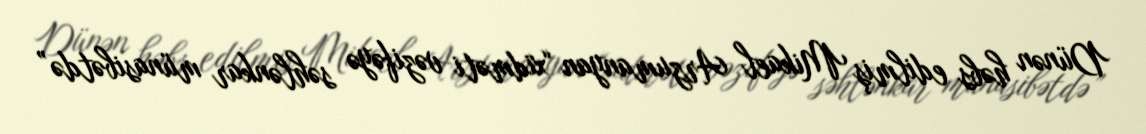
Dünən həbs edilmiş Mikael Arzumanyan “xidməti vəzifəyə səhlənkar münasibətdə”